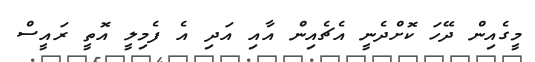
މީގެއިން ދޭހަ ކޮށްދެނީ އެޗެއިން އާއި އަދި އެ ފެމިލީ އޮތީ ރައީސް